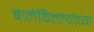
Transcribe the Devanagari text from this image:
बालेकिल्ल्यांच्या